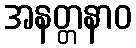
အနတ္တနာဝ